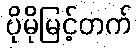
ပိုမိုမြင့်တက်